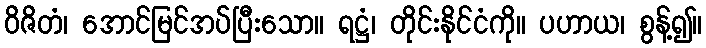
ဝိဇိတံ၊ အောင်မြင်အပ်ပြီးသော။ ရဋ္ဌံ၊ တိုင်းနိုင်ငံကို။ ပဟာယ၊ စွန့်၍။